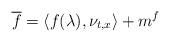
LaTeX: \begin{align*}\overline{f}=\langle f(\lambda),\nu_{t,x}\rangle + m^{f} \end{align*}